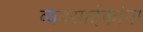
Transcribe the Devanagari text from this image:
व्यवसाईकांना